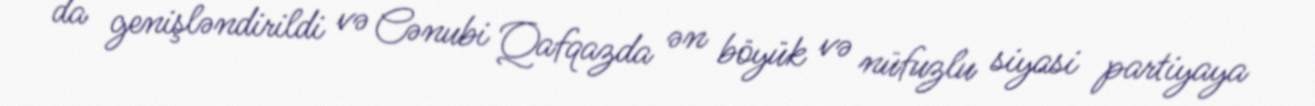
da genişləndirildi və Cənubi Qafqazda ən böyük və nüfuzlu siyasi partiyaya